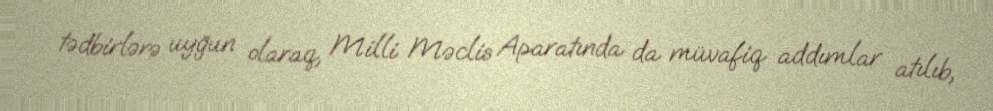
tədbirlərə uyğun olaraq, Milli Məclis Aparatında da müvafiq addımlar atılıb,